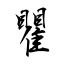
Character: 瞿